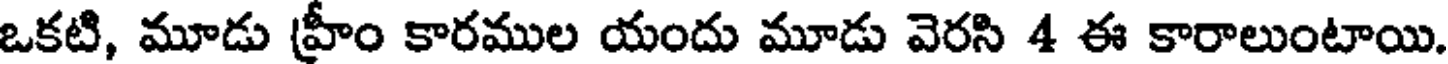
ఒకటి, మూడు హ్రీం కారముల యందు మూడు వెరసి 4 ఈ కారాలుంటాయి.